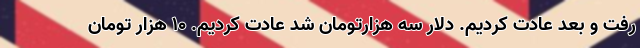
رفت و بعد عادت کردیم. دلار سه هزارتومان شد عادت کردیم. 10 هزار تومان